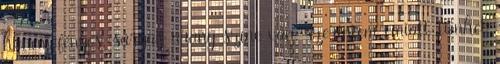
hanem fényes, sárgás arany színe van, szerintem emiatt tűnhet